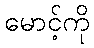
မောင့်ကို